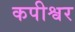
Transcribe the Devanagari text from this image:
कपीश्वर